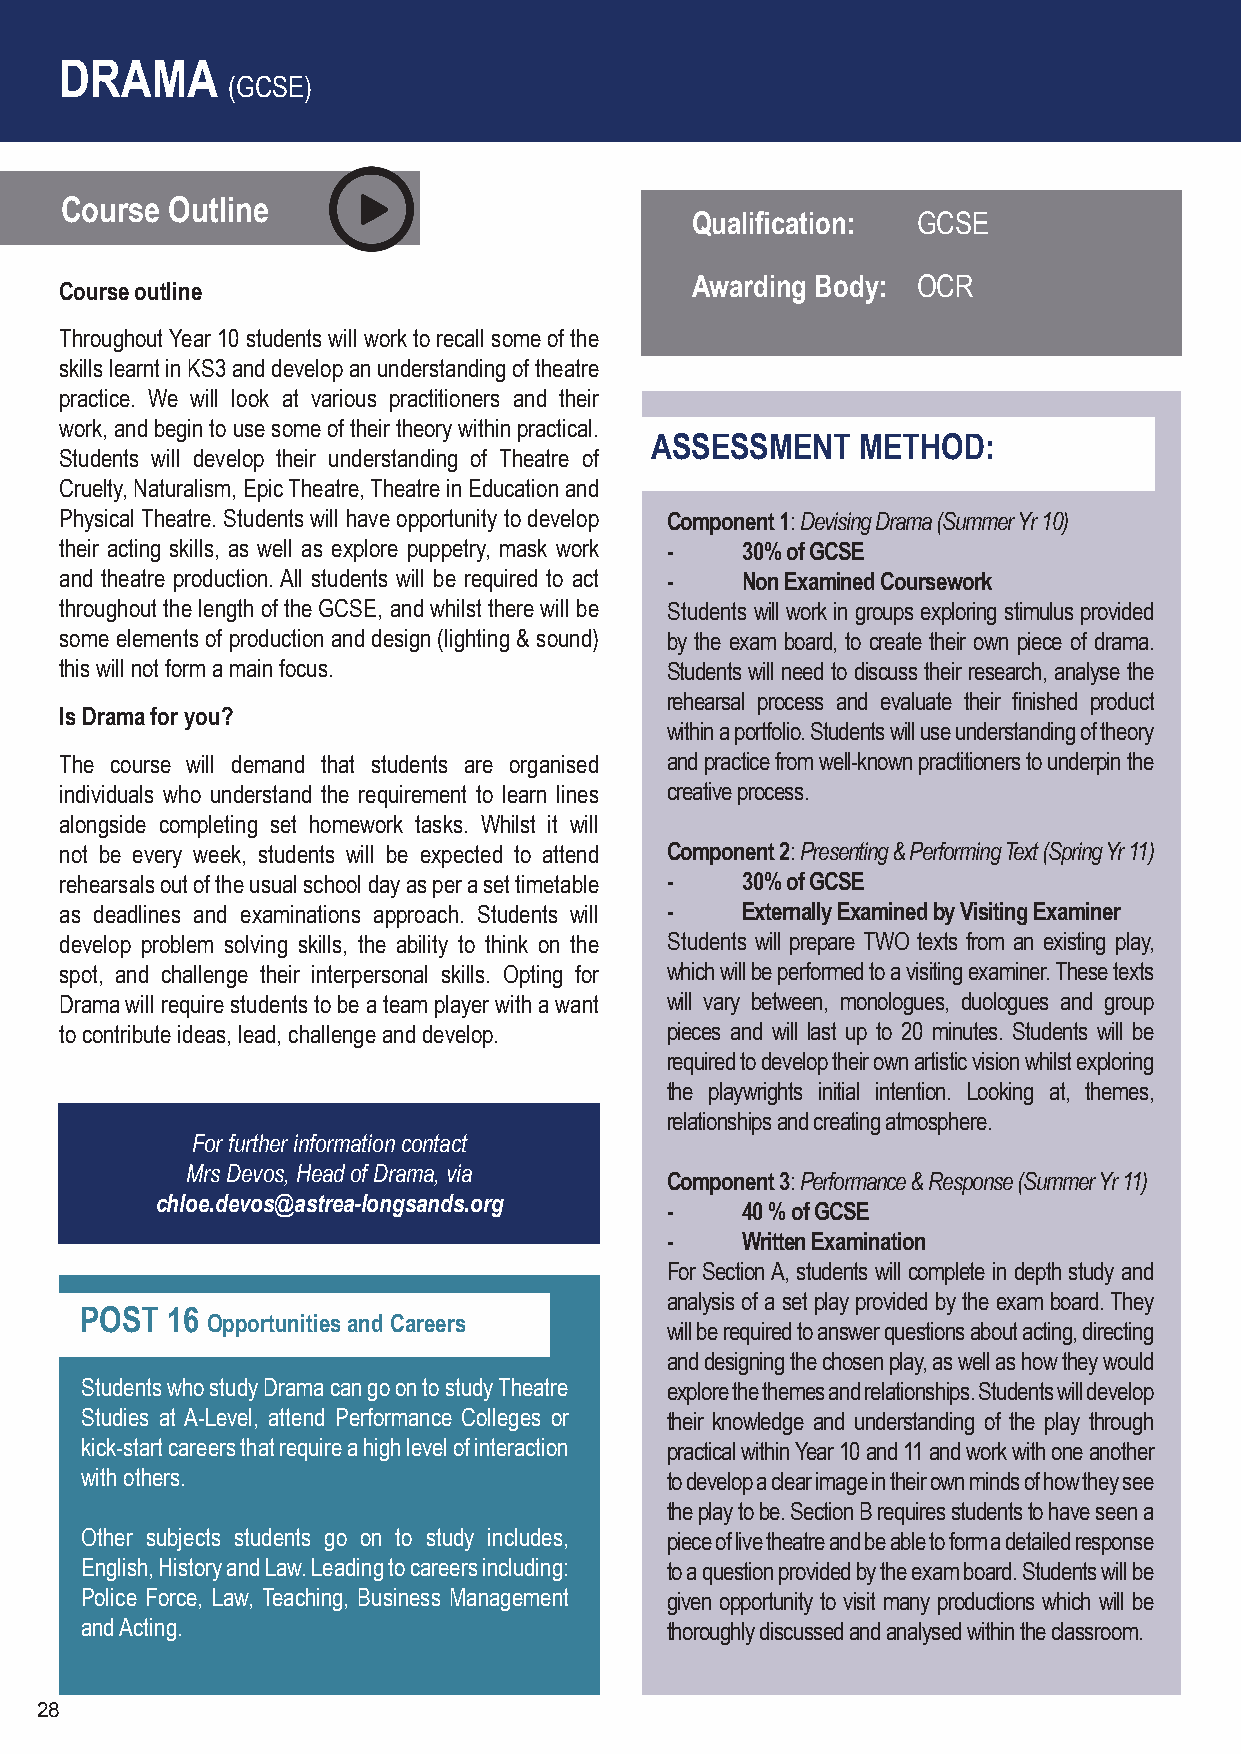
DRAMA
 (GCSE)
 Course Outline
 Qualification: GCSE
 Awarding Body: OCR
 Course outline
 Throughout Year 10 students will work to recall some of the
 skills learnt in KS3 and develop an understanding of theatre
 practice. We will look at various practitioners and their
 work, and begin to use some of their theory within practical.
 ASSESSMENT    METHOD:
 Students will develop their understanding of Theatre of
 Cruelty, Naturalism, Epic Theatre, Theatre in Education and
 Physical Theatre. Students will have opportunity to develop Component 1: Devising Drama (Summer Yr 10)
 their acting skills, as well as explore puppetry, mask work - 30% of GCSE
 and theatre production. All students will be required to act - Non Examined Coursework
 throughout the length of the GCSE, and whilst there will be Students will work in groups exploring stimulus provided
 some elements of production and design (lighting & sound) by the exam board, to create their own piece of drama.
 this will not form a main focus.        Students will need to discuss their research, analyse the
 rehearsal process and evaluate their finished product
 Is Drama for you?
 within a portfolio. Students will use understanding of theory
 The course will demand that students are organised and practice from well-known practitioners to underpin the
 individuals who understand the requirement to learn lines creative process.
 alongside completing set homework tasks. Whilst it will
 not be every week, students will be expected to attend Component 2: Presenting & Performing Text (Spring Yr 11)
 rehearsals out of the usual school day as per a set timetable - 30% of GCSE
 as deadlines and examinations approach. Students will - Externally Examined by Visiting Examiner
 develop problem solving skills, the ability to think on the Students will prepare TWO texts from an existing play,
 spot, and challenge their interpersonal skills. Opting for which will be performed to a visiting examiner. These texts
 Drama will require students to be a team player with a want will vary between, monologues, duologues and group
 to contribute ideas, lead, challenge and develop. pieces and will last up to 20 minutes. Students will be
 required to develop their own artistic vision whilst exploring
 the playwrights initial intention. Looking at, themes,
 relationships and creating atmosphere.
 For further information contact
 Mrs Devos, Head of Drama, via
 Component 3: Performance & Response (Summer Yr 11)
 chloe.devos@astrea-longsands.org
 -    40 % of GCSE
 -    Written Examination
 For Section A, students will complete in depth study and
 analysis of a set play provided by the exam board. They
 POST  16
 Opportunities and Careers
 will be required to answer questions about acting, directing
 and designing the chosen play, as well as how they would
 Students who study Drama can go on to study Theatre explore the themes and relationships. Students will develop
 Studies at A-Level, attend Performance Colleges or their knowledge and understanding of the play through
 kick-start careers that require a high level of interaction practical within Year 10 and 11 and work with one another
 with others.                           to develop a clear image in their own minds of how they see
 the play to be. Section B requires students to have seen a
 Other subjects students go on to study includes, piece of live theatre and be able to form a detailed response
 English, History and Law. Leading to careers including: to a question provided by the exam board. Students will be
 Police Force, Law, Teaching, Business Management given opportunity to visit many productions which will be
 and Acting.                            thoroughly discussed and analysed within the classroom.
 28